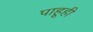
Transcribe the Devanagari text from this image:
पाहूही